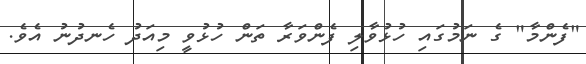
"ފެންމާ" ގެ ނަމުގައި ހުޅުވާލި ފެންވަރާ ތަން ހުޅުވީ މިއަދު ހެނދުނު އެވެ.